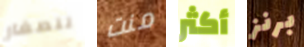
للصغار منت أكثر برنز